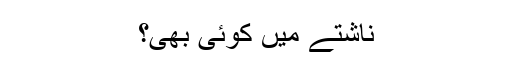
ناشتے میں کوئی بھی؟